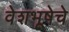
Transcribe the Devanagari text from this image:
वेशभूषेचे